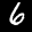
Label: 6